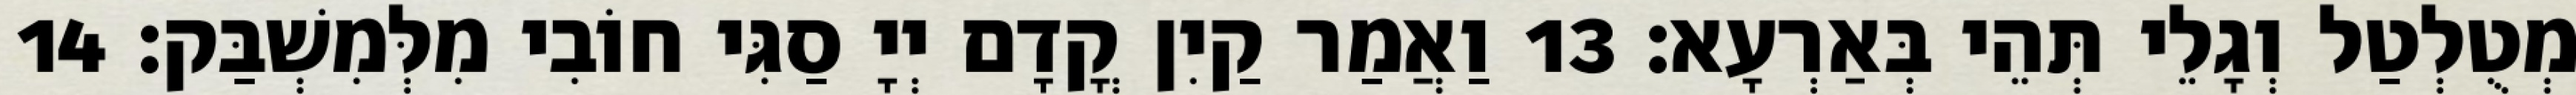
מְטֻלְטַל וְגָלֵי תְּהֵי בְּאַרְעָא׃ 13 וַאֲמַר קַיִן קֳדָם יְיָ סַגִּי חוֹבִי מִלְּמִשְׁבַּק׃ 14